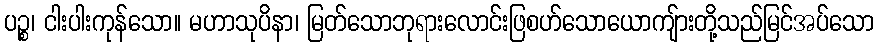
ပဉ္စ၊ ငါးပါးကုန်သော။ မဟာသုပိနာ၊ မြတ်သောဘုရားလောင်းဖြစဟ်သောယောကျ်ားတို့သည်မြင်အပ်သော